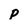
Character: p